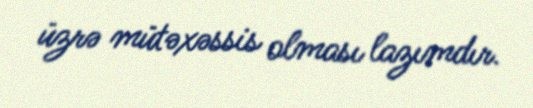
üzrə mütəxəssis olması lazımdır.